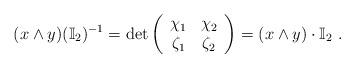
LaTeX: \begin{align*}(x\wedge y)(\mathbb{I}_2)^{-1}=\det\left(\begin{array}{cc}\chi_1 & \chi_2 \\\zeta_1 & \zeta_2\end{array}\right)=(x\wedge y)\cdot \mathbb{I}_2\ .\end{align*}